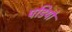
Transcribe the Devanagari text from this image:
पडियो